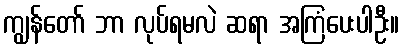
ကျွန်တော် ဘာ လုပ်ရမလဲ ဆရာ အကြံပေးပါဦး။